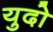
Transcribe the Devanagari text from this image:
युदो